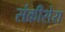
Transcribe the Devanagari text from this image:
संक्रीसेरा